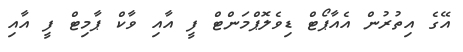
އޭގެ އިތުރުން އެއާޕޯޓް ޑިވެލޮޕްމަންޓް ފީ އާއި ވާކް ޕާމިޓް ފީ އާއި